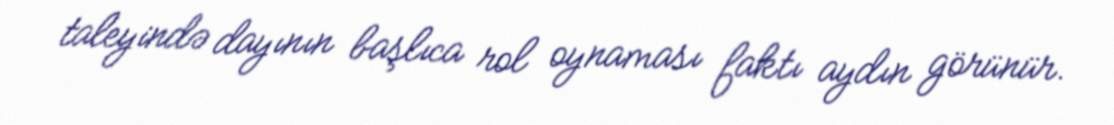
taleyində dayının başlıca rol oynaması faktı aydın görünür.